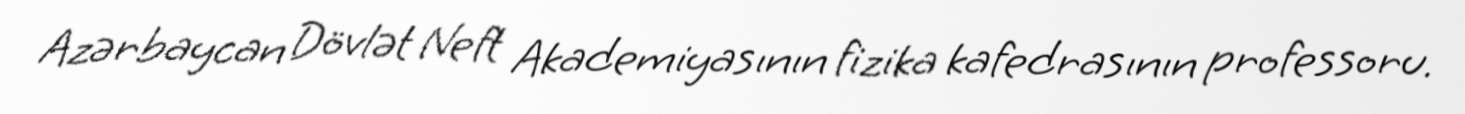
Azərbaycan Dövlət Neft Akademiyasının fizika kafedrasının professoru.